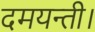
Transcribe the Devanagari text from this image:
दमयन्ती।